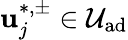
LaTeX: \mathbf{u}_{j}^{\ast,\pm}\in\mathcal{{U}}_{\textrm{{ad}}}